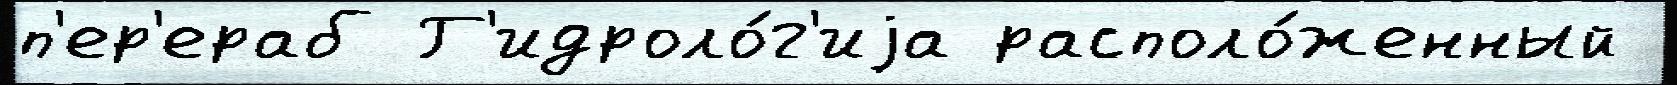
п'ер'ераб Г'идроло́г'иjа располо́женный